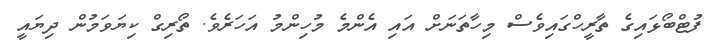
ފުޓްބޯޅައިގެ ތާރީހްގައިވެސް މިހާތަނަށް އައި އެންމެ މުހިންމު އަހަރެވެ. ތޯރިގް ކިޔަވަމުން ދިޔައީ